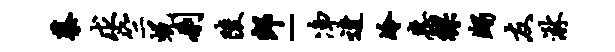
蔡求竺蜕刹陵郎-净迓冷惠裸蠲友淋